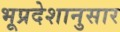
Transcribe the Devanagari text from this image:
भूप्रदेशानुसार